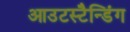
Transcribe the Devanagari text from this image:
आउटस्टैन्डिंग